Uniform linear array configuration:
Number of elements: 8
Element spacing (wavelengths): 1
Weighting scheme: cosine
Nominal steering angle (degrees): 15
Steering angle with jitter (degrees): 13.977
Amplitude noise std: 0.05
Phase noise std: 0.05

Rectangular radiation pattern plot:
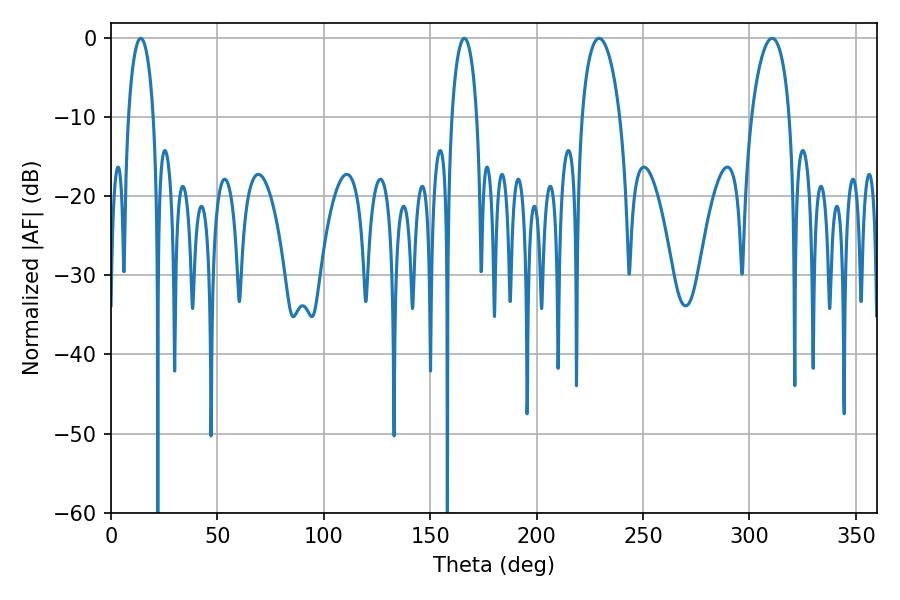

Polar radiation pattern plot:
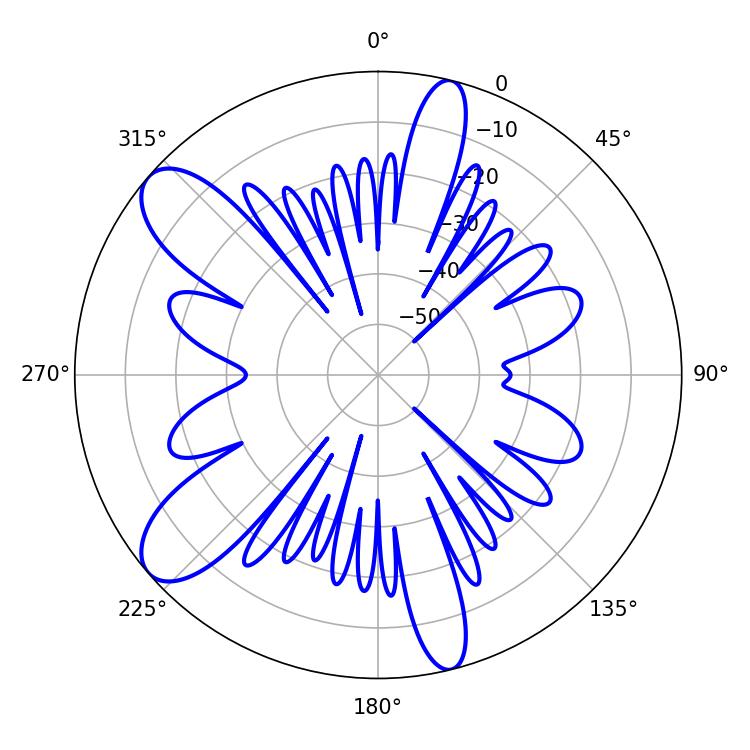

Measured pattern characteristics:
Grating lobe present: TRUE
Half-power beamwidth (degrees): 10.26
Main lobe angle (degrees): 229.32